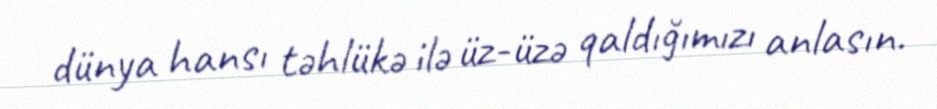
dünya hansı təhlükə ilə üz-üzə qaldığımızı anlasın.